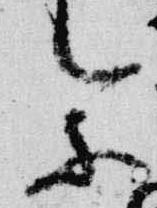
参